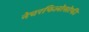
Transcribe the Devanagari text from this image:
नेचरफिलोसोफी